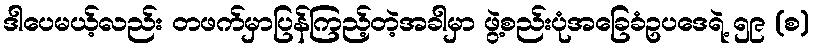
ဒါပေမယ့်လည်း တဖက်မှာပြန်ကြည့်တဲ့အခါမှာ ဖွဲ့စည်းပုံအခြေခံဥပဒေရဲ့ ၅၉ (စ)